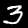
Digit: 3